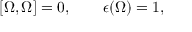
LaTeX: [ \Omega , \Omega ] = 0 , \qquad \epsilon ( \Omega ) = 1 ,